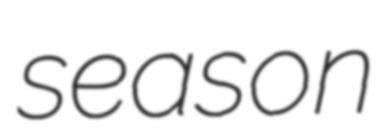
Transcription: season